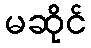
မဆိုင်